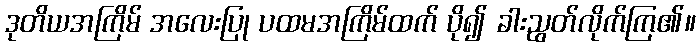
ဒုတိယအကြိမ် အလေးပြု ပထမအကြိမ်ထက် ပို၍ ခါးညွတ်လိုက်ကြ၏။